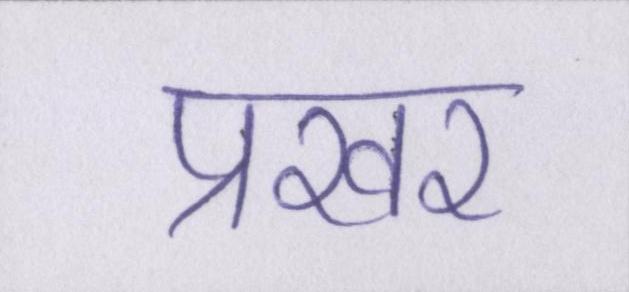
प्रखर